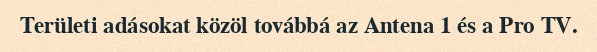
Területi adásokat közöl továbbá az Antena 1 és a Pro TV.